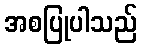
အစပြုပါသည်